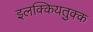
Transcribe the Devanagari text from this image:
इलक्कियतुक्क